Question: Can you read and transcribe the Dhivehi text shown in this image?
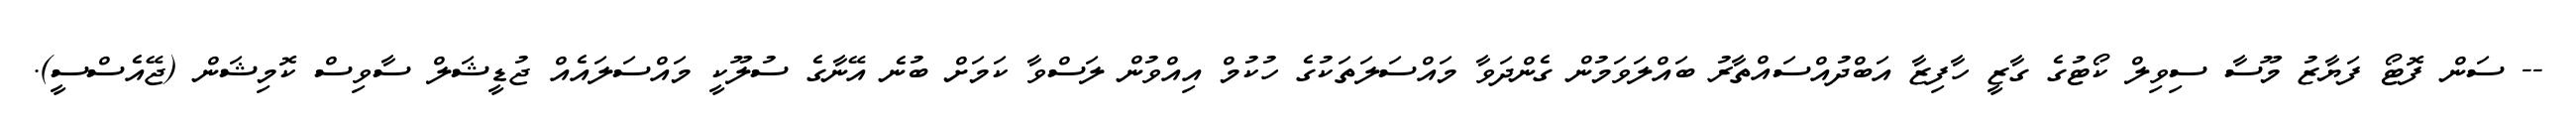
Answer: -- ސަން ފޮޓޯ ފަޔާޒު މޫސާ ސިވިލް ކޯޓުގެ ގާޒީ ހާފިޒާ އަބްދުއްސައްތާރު ބައްލަވަމުން ގެންދަވާ މައްސަލަތަކުގެ ހުކުމް އިއްވުން ލަސްވާ ކަމަށް ބުނެ އޭނާގެ ސުލޫކީ މައްސަލައެއް ޖުޑީޝަލް ސާވިސް ކޮމިޝަން (ޖޭއެސްސީ).